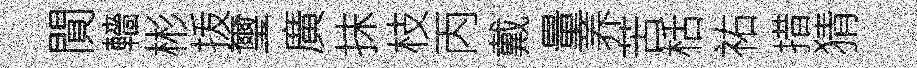
閴轖彬㧞璽廣抹枝丙戴量养苦栝祐措猜